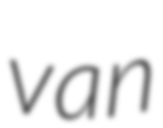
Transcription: van